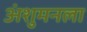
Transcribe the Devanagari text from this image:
अंशुमनला